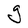
Character: g